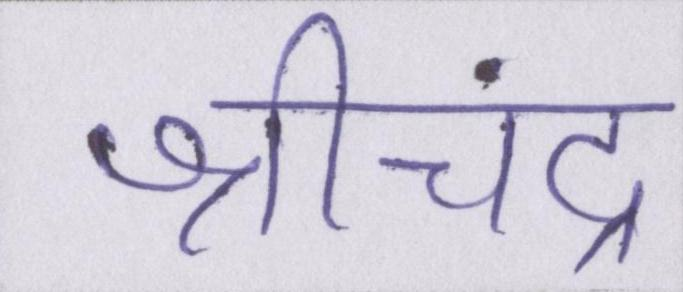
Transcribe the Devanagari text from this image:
श्रीचंद्र